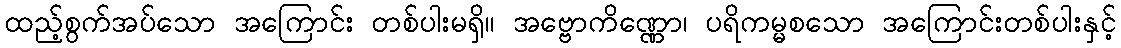
ထည့်စွက်အပ်သော အကြောင်း တစ်ပါးမရှိ။ အဗ္ဗောကိဏ္ဏော၊ ပရိကမ္မစသော အကြောင်းတစ်ပါးနှင့်